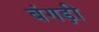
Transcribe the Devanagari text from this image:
बंगड़ी